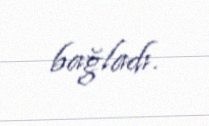
bağladı.